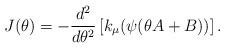
LaTeX: \begin{align*} J(\theta)=-\frac{d^2}{d\theta^2} \left[k_{\mu}(\psi(\theta A+B))\right]. \end{align*}